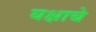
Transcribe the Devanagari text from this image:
यक्षाचे